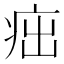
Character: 㽾